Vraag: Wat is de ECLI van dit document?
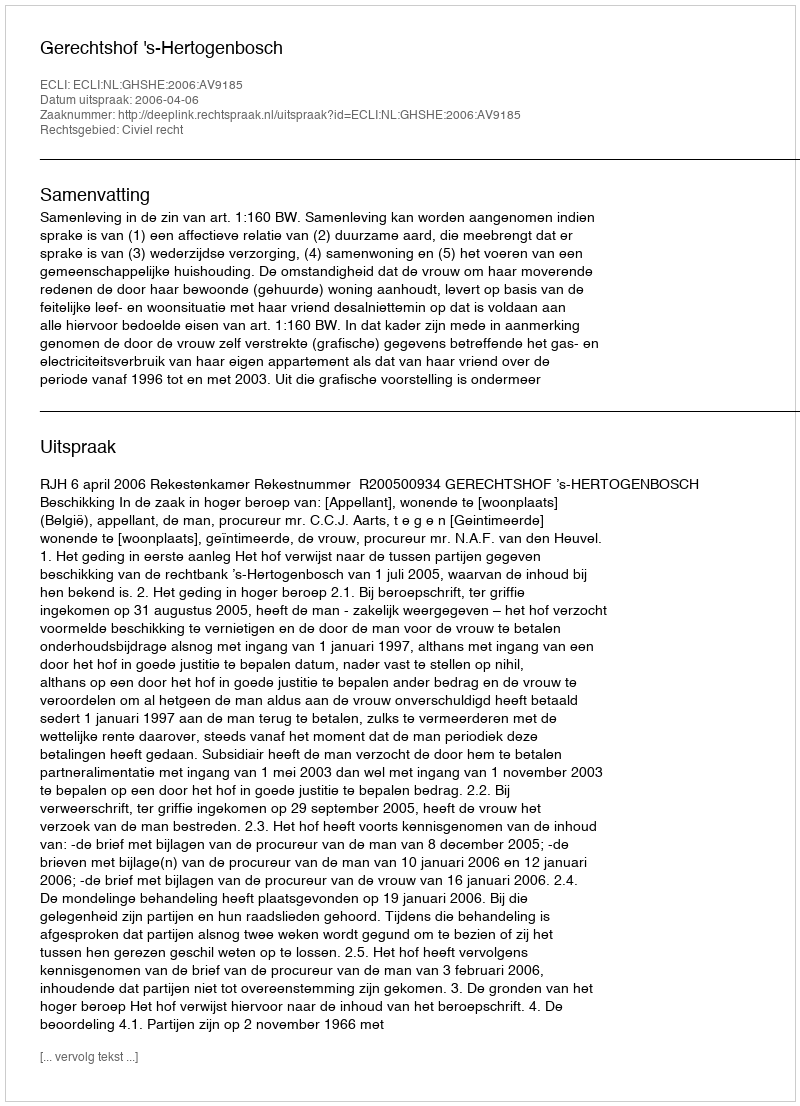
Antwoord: ECLI:NL:GHSHE:2006:AV9185